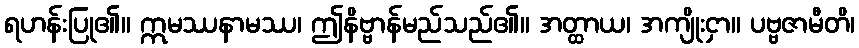
ရဟန်းပြု၏။ ဣမဿနာမဿ၊ ဤနိဗ္ဗာန်မည်သည်၏။ အတ္ထာယ၊ အကျိုးငှာ။ ပဗ္ဗဇာမီတိ၊